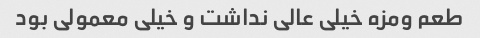
طعم ومزه خیلی عالی نداشت و خیلی معمولی بود